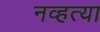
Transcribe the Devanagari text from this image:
नव्‍हत्‍या